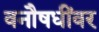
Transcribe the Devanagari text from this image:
वनौषधींवर